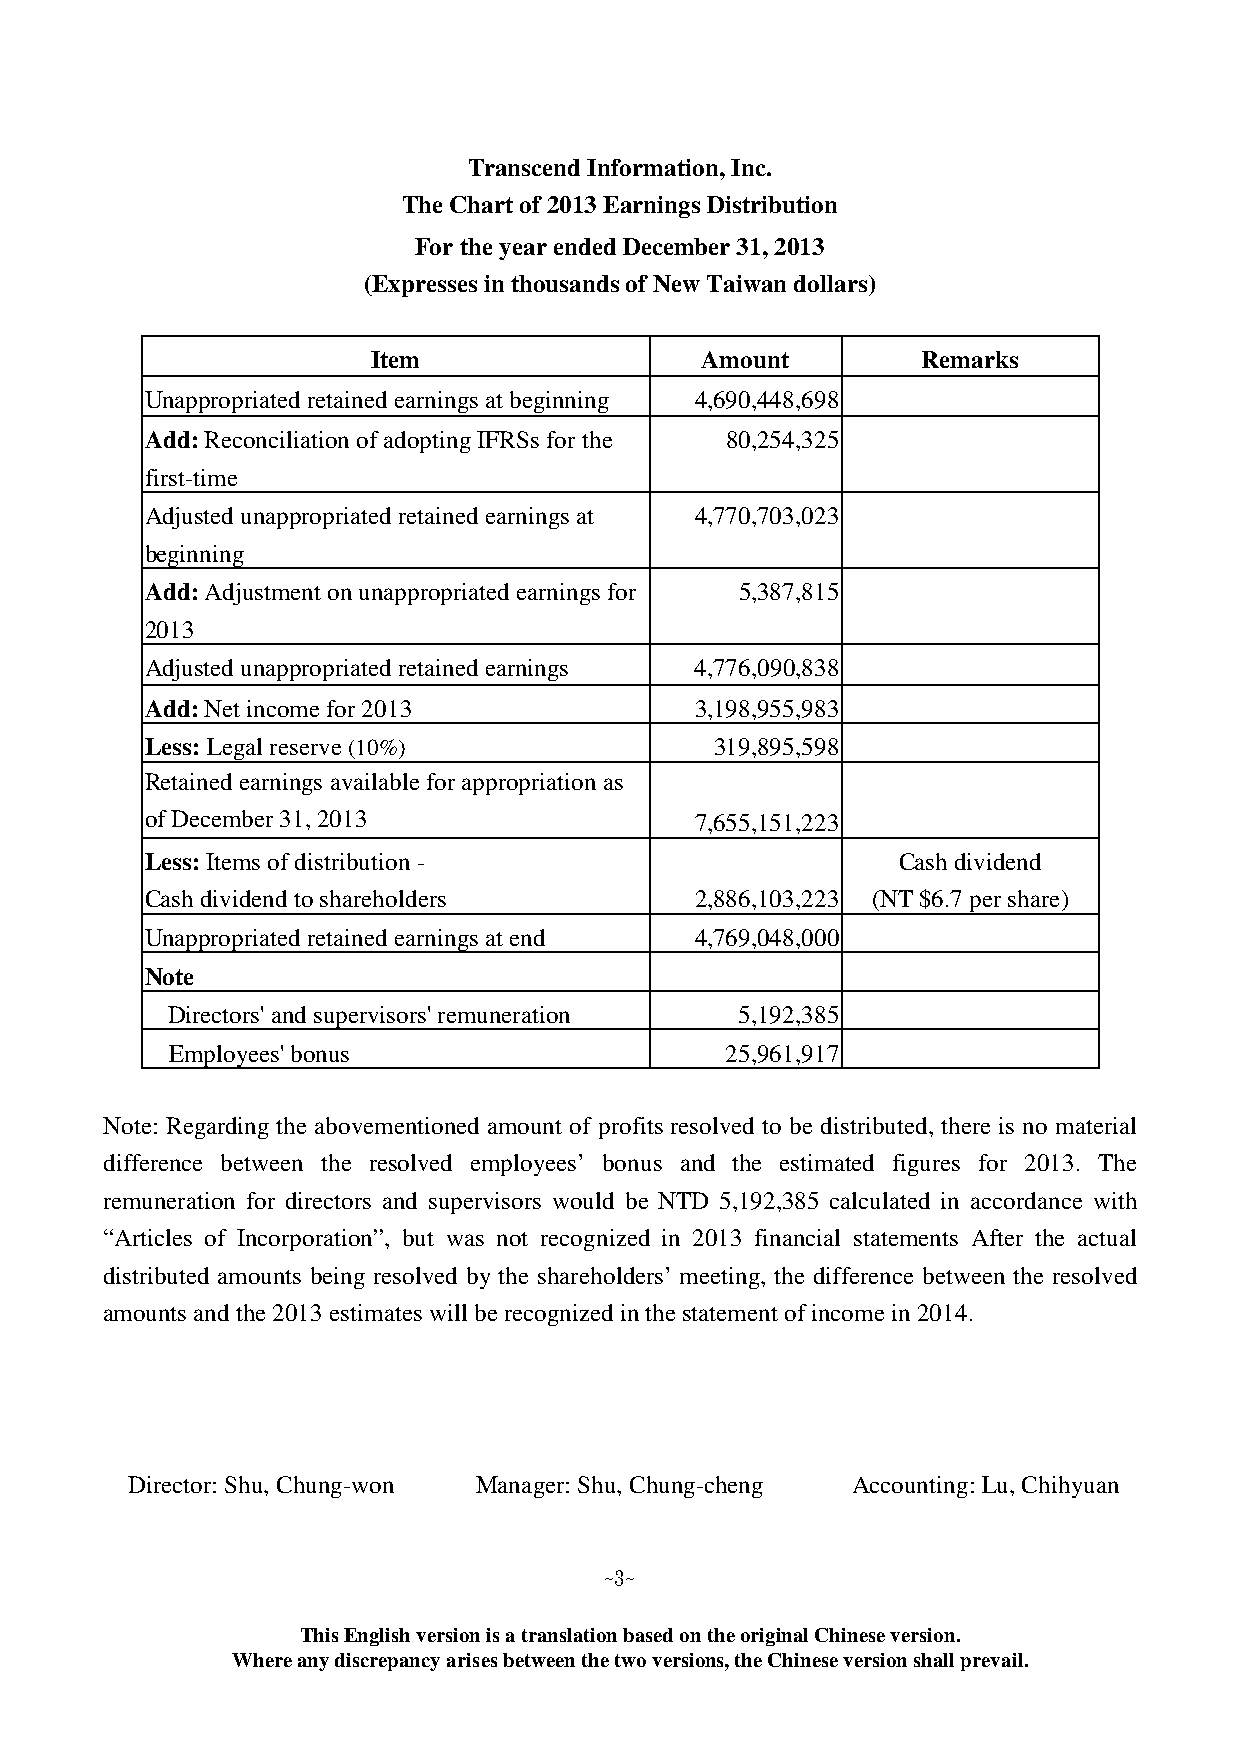
Transcend Information, Inc.
 The Chart of 2013 Earnings Distribution
 For the year ended December 31, 2013
 (Expresses in thousands of New Taiwan dollars)
 Item                 Amount         Remarks
 Unappropriated retained earnings at beginning 4,690,448,698
 Add: Reconciliation of adopting IFRSs for the 80,254,325
 first-time
 Adjusted unappropriated retained earnings at 4,770,703,023
 beginning
 Add: Adjustment on unappropriated earnings for 5,387,815
 2013
 Adjusted unappropriated retained earnings 4,776,090,838
 Add: Net income for 2013            3,198,955,983
 Less: Legal reserve (10%)            319,895,598
 Retained earnings available for appropriation as
 of December 31, 2013                7,655,151,223
 Less: Items of distribution -                    Cash dividend
 Cash dividend to shareholders       2,886,103,223 (NT $6.7 per share)
 Unappropriated retained earnings at end 4,769,048,000
 Note
 Directors' and supervisors' remuneration 5,192,385
 Employees' bonus                     25,961,917
 Note: Regarding the abovementioned amount of profits resolved to be distributed, there is no material
 difference between the resolved employees’ bonus and the estimated figures for 2013. The
 remuneration for directors and supervisors would be NTD 5,192,385 calculated in accordance with
 “Articles of Incorporation”, but was not recognized in 2013 financial statements After the actual
 distributed amounts being resolved by the shareholders’ meeting, the difference between the resolved
 amounts and the 2013 estimates will be recognized in the statement of income in 2014.
 Director: Shu, Chung-won Manager: Shu, Chung-cheng Accounting: Lu, Chihyuan
 ~3~
 This English version is a translation based on the original Chinese version.
 Where any discrepancy arises between the two versions, the Chinese version shall prevail.